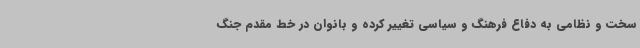
سخت و نظامی به دفاع فرهنگ و سیاسی تغییر کرده و بانوان در خط مقدم جنگ